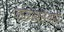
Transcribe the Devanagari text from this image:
जोडआडनावे